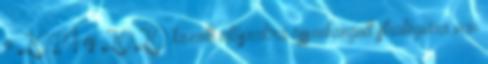
a 2014 és 2020 közötti időszakra összehangolt stratégiára van